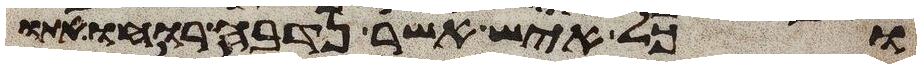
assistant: וכל איש אשר נדבה רוחו אתו